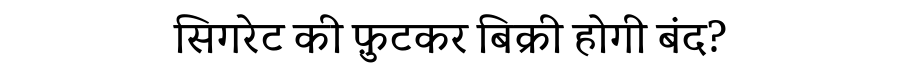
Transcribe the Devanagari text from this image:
सिगरेट की फ़ुटकर बिक्री होगी बंद?